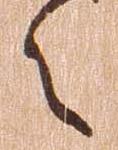
々